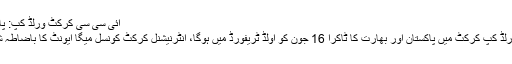
آئی سی سی کرکٹ ورلڈ کپ: پاک بھارت ٹاکرا 16 جون کو ہوگا
آئندہ سال انگلینڈ میں ہونے والے ورلڈ کپ کرکٹ میں پاکستان اور بھارت کا ٹاکرا 16 جون کو اولڈ ٹریفورڈ میں ہوگا، انٹرنیشنل کرکٹ کونسل میگا ایونٹ کا باضاطہ شیڈول جمعرات کوجاری کرے گا۔